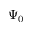
\Psi _ { 0 }